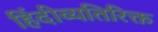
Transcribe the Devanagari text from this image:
हिंदीव्यतिरिक्त